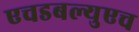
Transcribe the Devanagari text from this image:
एचडबल्युएच